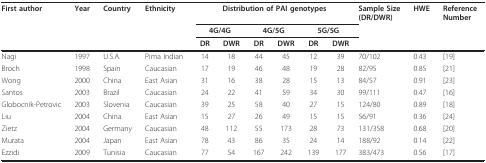
<table><thead><tr><td><b>First author</b></td><td><b>Year</b></td><td><b>Country</b></td><td><b>Ethnicity</b></td><td colspan="6"><b>Distribution of PAI genotypes</b></td><td><b>Sample Size(DR/DWR)</b></td><td><b>HWE</b></td><td><b>ReferenceNumber</b></td></tr><tr><td></td><td></td><td></td><td></td><td colspan="2"><b>4G/4G</b></td><td colspan="2"><b>4G/5G</b></td><td colspan="2"><b>5G/5G</b></td><td></td><td></td><td></td></tr><tr><td></td><td></td><td></td><td></td><td><b>DR</b></td><td><b>DWR</b></td><td><b>DR</b></td><td><b>DWR</b></td><td><b>DR</b></td><td><b>DWR</b></td><td></td><td></td><td></td></tr></thead><tbody><tr><td>Nagi</td><td>1997</td><td>U.S.A.</td><td>Pima Indian</td><td>14</td><td>18</td><td>44</td><td>45</td><td>12</td><td>39</td><td>70/102</td><td>0.43</td><td>[19]</td></tr><tr><td>Broch</td><td>1998</td><td>Spain</td><td>Caucasian</td><td>17</td><td>19</td><td>46</td><td>48</td><td>19</td><td>28</td><td>82/95</td><td>0.85</td><td>[21]</td></tr><tr><td>Wong</td><td>2000</td><td>China</td><td>East Asian</td><td>31</td><td>16</td><td>38</td><td>28</td><td>15</td><td>13</td><td>84/57</td><td>0.91</td><td>[23]</td></tr><tr><td>Santos</td><td>2003</td><td>Brazil</td><td>Caucasian</td><td>24</td><td>22</td><td>41</td><td>59</td><td>34</td><td>30</td><td>99/111</td><td>0.47</td><td>[16]</td></tr><tr><td>Globocnik-Petrovic</td><td>2003</td><td>Slovenia</td><td>Caucasian</td><td>39</td><td>25</td><td>58</td><td>40</td><td>27</td><td>15</td><td>124/80</td><td>0.89</td><td>[18]</td></tr><tr><td>Liu</td><td>2004</td><td>China</td><td>East Asian</td><td>15</td><td>27</td><td>26</td><td>49</td><td>15</td><td>15</td><td>56/91</td><td>0.36</td><td>[24]</td></tr><tr><td>Zietz</td><td>2004</td><td>Germany</td><td>Caucasian</td><td>48</td><td>112</td><td>55</td><td>173</td><td>28</td><td>73</td><td>131/358</td><td>0.68</td><td>[20]</td></tr><tr><td>Murata</td><td>2004</td><td>Japan</td><td>East Asian</td><td>78</td><td>43</td><td>86</td><td>35</td><td>24</td><td>14</td><td>188/92</td><td>0.14</td><td>[22]</td></tr><tr><td>Ezzidi</td><td>2009</td><td>Tunisia</td><td>Caucasian</td><td>77</td><td>54</td><td>167</td><td>242</td><td>139</td><td>177</td><td>383/473</td><td>0.56</td><td>[17]</td></tr></tbody></table>